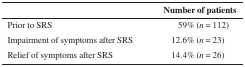
<table><thead><tr><td></td><td><b>Number of patients</b></td></tr></thead><tbody><tr><td>Prior to SRS</td><td>59% (<i>n</i> = 112)</td></tr><tr><td>Impairment of symptoms after SRS</td><td>12.6% (<i>n</i> = 23)</td></tr><tr><td>Relief of symptoms after SRS</td><td>14.4% (<i>n</i> = 26)</td></tr></tbody></table>